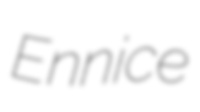
Ennice